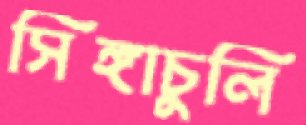
সিঙ্গাচুলি